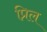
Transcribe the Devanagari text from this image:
प्रिल